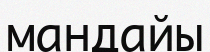
мандайы